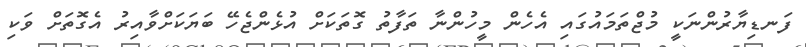
ފަނޑިޔާރުންނަކީ މުޖްތަމައުގައި އެހެން މީހުންނާ ތަފާތު ގޮތަކަށް އުޅެންޖެހޭ ބަޔަކަށްވާއިރު އެގޮތަށް ވަކި